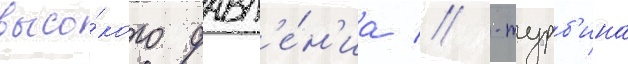
высо́кого давл'е́н'иа // -турб'ина